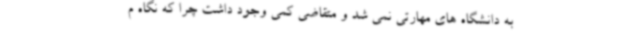
به دانشگاه های مهارتی نمی شد و متقاضی کمی وجود داشت چرا که نگاه م